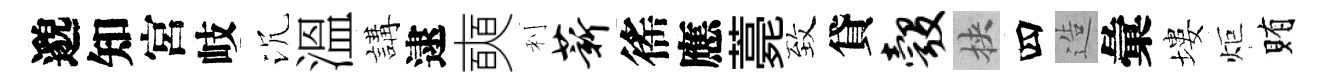
邈知宮岐沉溫講逮奭利薪徭應薧致貸彀挾四造彙塿炬賄